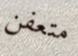
متعفن